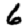
Digit: 6